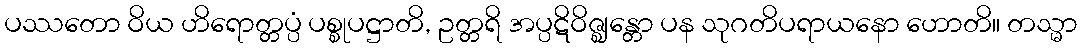
ပဿတော ဝိယ ဟိရောတ္တပ္ပံ ပစ္စုပဋ္ဌာတိ, ဥတ္တရိ အပ္ပဋိဝိဇ္ဈန္တော ပန သုဂတိပရာယနော ဟောတိ။ တသ္မာ